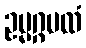
ဥမ္မဂ္ဂပထံ